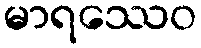
မာရဿေဝ